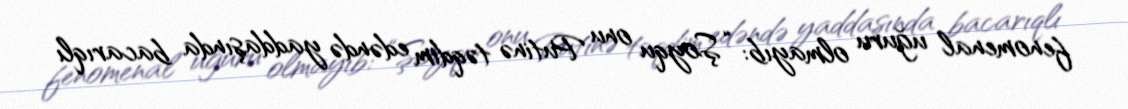
fenomenal uğuru olmayıb: “Şoyqu onu Putinə təqdim edəndə yaddaşında bacarıqlı